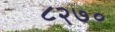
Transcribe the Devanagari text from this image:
८२७०